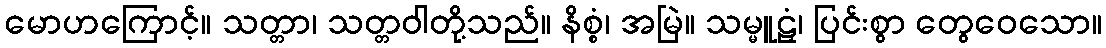
မောဟကြောင့်။ သတ္တာ၊ သတ္တဝါတို့သည်။ နိစ္စံ၊ အမြဲ။ သမ္မူဠှံ၊ ပြင်းစွာ တွေဝေသော။